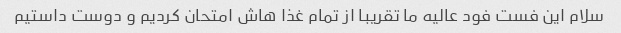
سلام این فست فود عالیه ما تقریبا از تمام غذا هاش امتحان کردیم و دوست داستیم